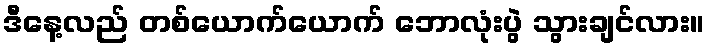
ဒီနေ့လည် တစ်ယောက်ယောက် ဘောလုံးပွဲ သွားချင်လား။